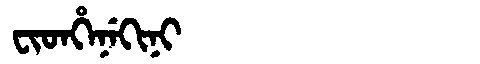
Manchu: ᠸᡳᡨᡥᡝᠨᡝᡴᡳᠨᡳ
Romanization: FITHENEKINI